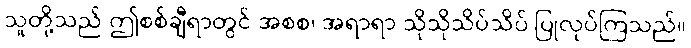
သူတို့သည် ဤစစ်ချီရာတွင် အစစ၊ အရာရာ သိုသိုသိပ်သိပ် ပြုလုပ်ကြသည်။